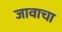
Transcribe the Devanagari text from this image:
जावाचा